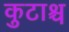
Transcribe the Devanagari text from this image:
कुटाश्च